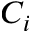
C _ { i }